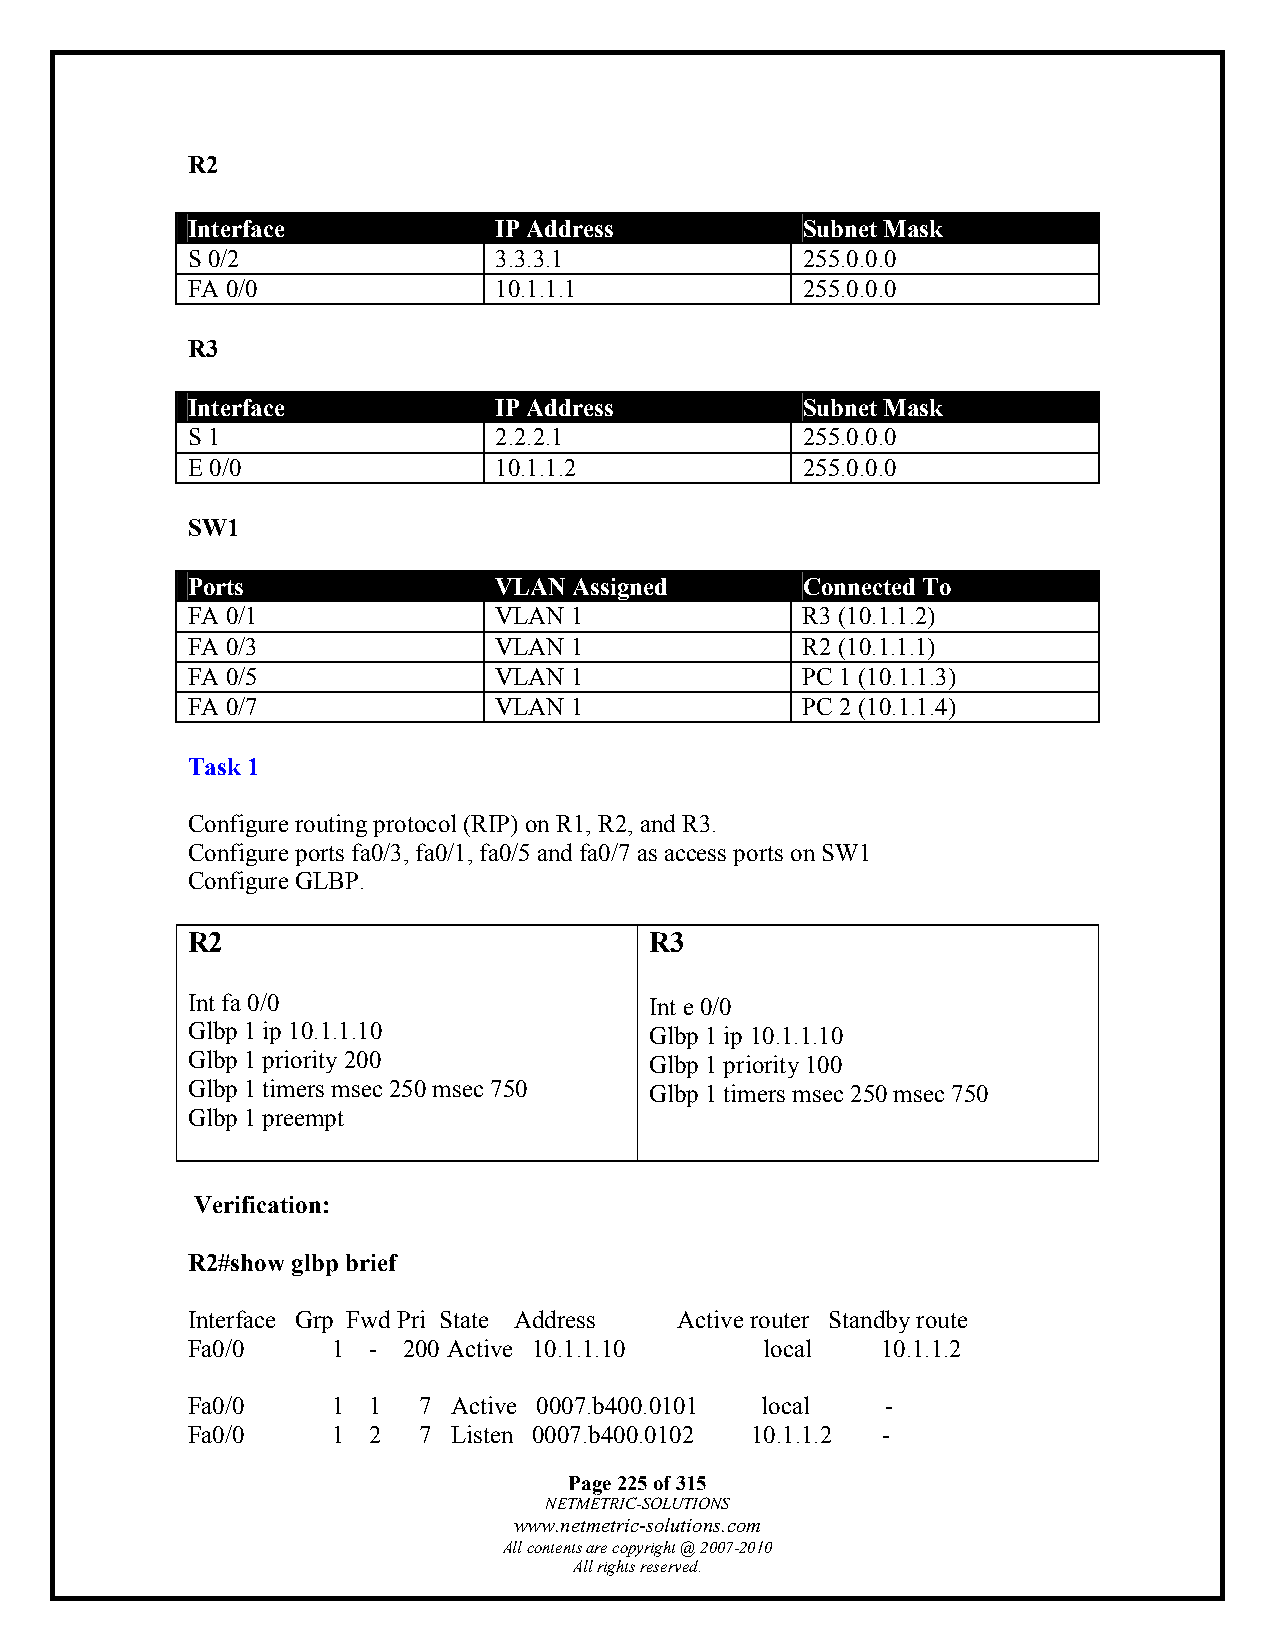
R2
 Interface            IP Address          Subnet Mask
 S 0/2                3.3.3.1             255.0.0.0
 FA 0/0               10.1.1.1            255.0.0.0
 R3
 Interface            IP Address          Subnet Mask
 S 1                  2.2.2.1             255.0.0.0
 E 0/0                10.1.1.2            255.0.0.0
 SW1
 Ports                VLAN Assigned       Connected To
 FA 0/1               VLAN 1              R3 (10.1.1.2)
 FA 0/3               VLAN 1              R2 (10.1.1.1)
 FA 0/5               VLAN 1              PC 1 (10.1.1.3)
 FA 0/7               VLAN 1              PC 2 (10.1.1.4)
 Task 1
 Configure routing protocol (RIP) on R1, R2, and R3.
 Configure ports fa0/3, fa0/1, fa0/5 and fa0/7 as access ports on SW1
 Configure GLBP.
 R2                             R3
 Int fa 0/0                     Int e 0/0
 Glbp 1 ip 10.1.1.10            Glbp 1 ip 10.1.1.10
 Glbp 1 priority 200            Glbp 1 priority 100
 Glbp 1 timers msec 250 msec 750 Glbp 1 timers msec 250 msec 750
 Glbp 1 preempt
 Verification:
 R2#show glbp brief
 Interface Grp Fwd Pri State Address Active router Standby route
 Fa0/0     1 -  200 Active 10.1.1.10    local  10.1.1.2
 Fa0/0     1 1   7 Active 0007.b400.0101 local  -
 Fa0/0     1 2   7 Listen 0007.b400.0102 10.1.1.2 -
 Page 225 of 315
 NETMETRIC-SOLUTIONS
 www.netmetric-solutions.com
 All contents are copyright @ 2007-2010
 All rights reserved.